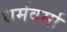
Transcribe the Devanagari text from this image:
धर्मवर्मा